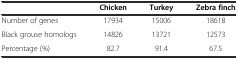
<table><thead><tr><td></td><td><b>Chicken</b></td><td><b>Turkey</b></td><td><b>Zebra finch</b></td></tr></thead><tbody><tr><td>Number of genes</td><td>17934</td><td>15006</td><td>18618</td></tr><tr><td>Black grouse homologs</td><td>14826</td><td>13721</td><td>12573</td></tr><tr><td>Percentage (%)</td><td>82.7</td><td>91.4</td><td>67.5</td></tr></tbody></table>